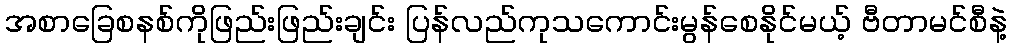
အစာခြေစနစ်ကိုဖြည်းဖြည်းချင်း ပြန်လည်ကုသကောင်းမွန်စေနိုင်မယ့် ဗီတာမင်စီနဲ့